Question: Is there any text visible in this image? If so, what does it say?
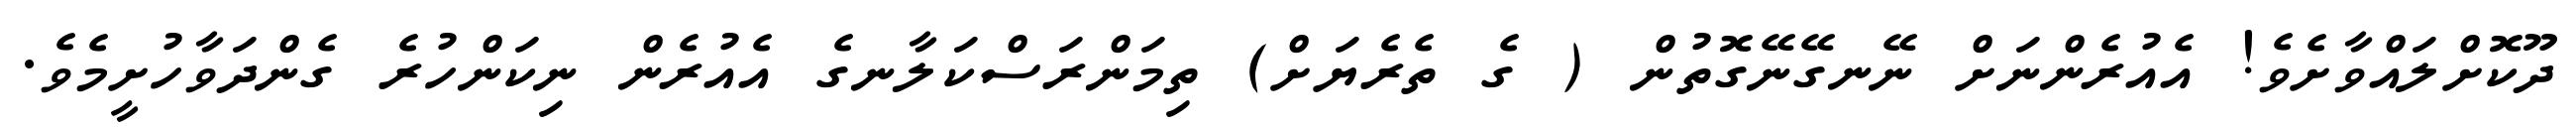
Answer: ދޫކޮށްލައްވާށެވެ! އެއުރެންނަށް ނޭނގޭނޭގޮތުން ( ގެ ތެރެޔަށް) ތިމަންރަސްކަލާނގެ އެއުރެން ނިކަންހުރެ ގެންދަވާހުށީމެވެ.